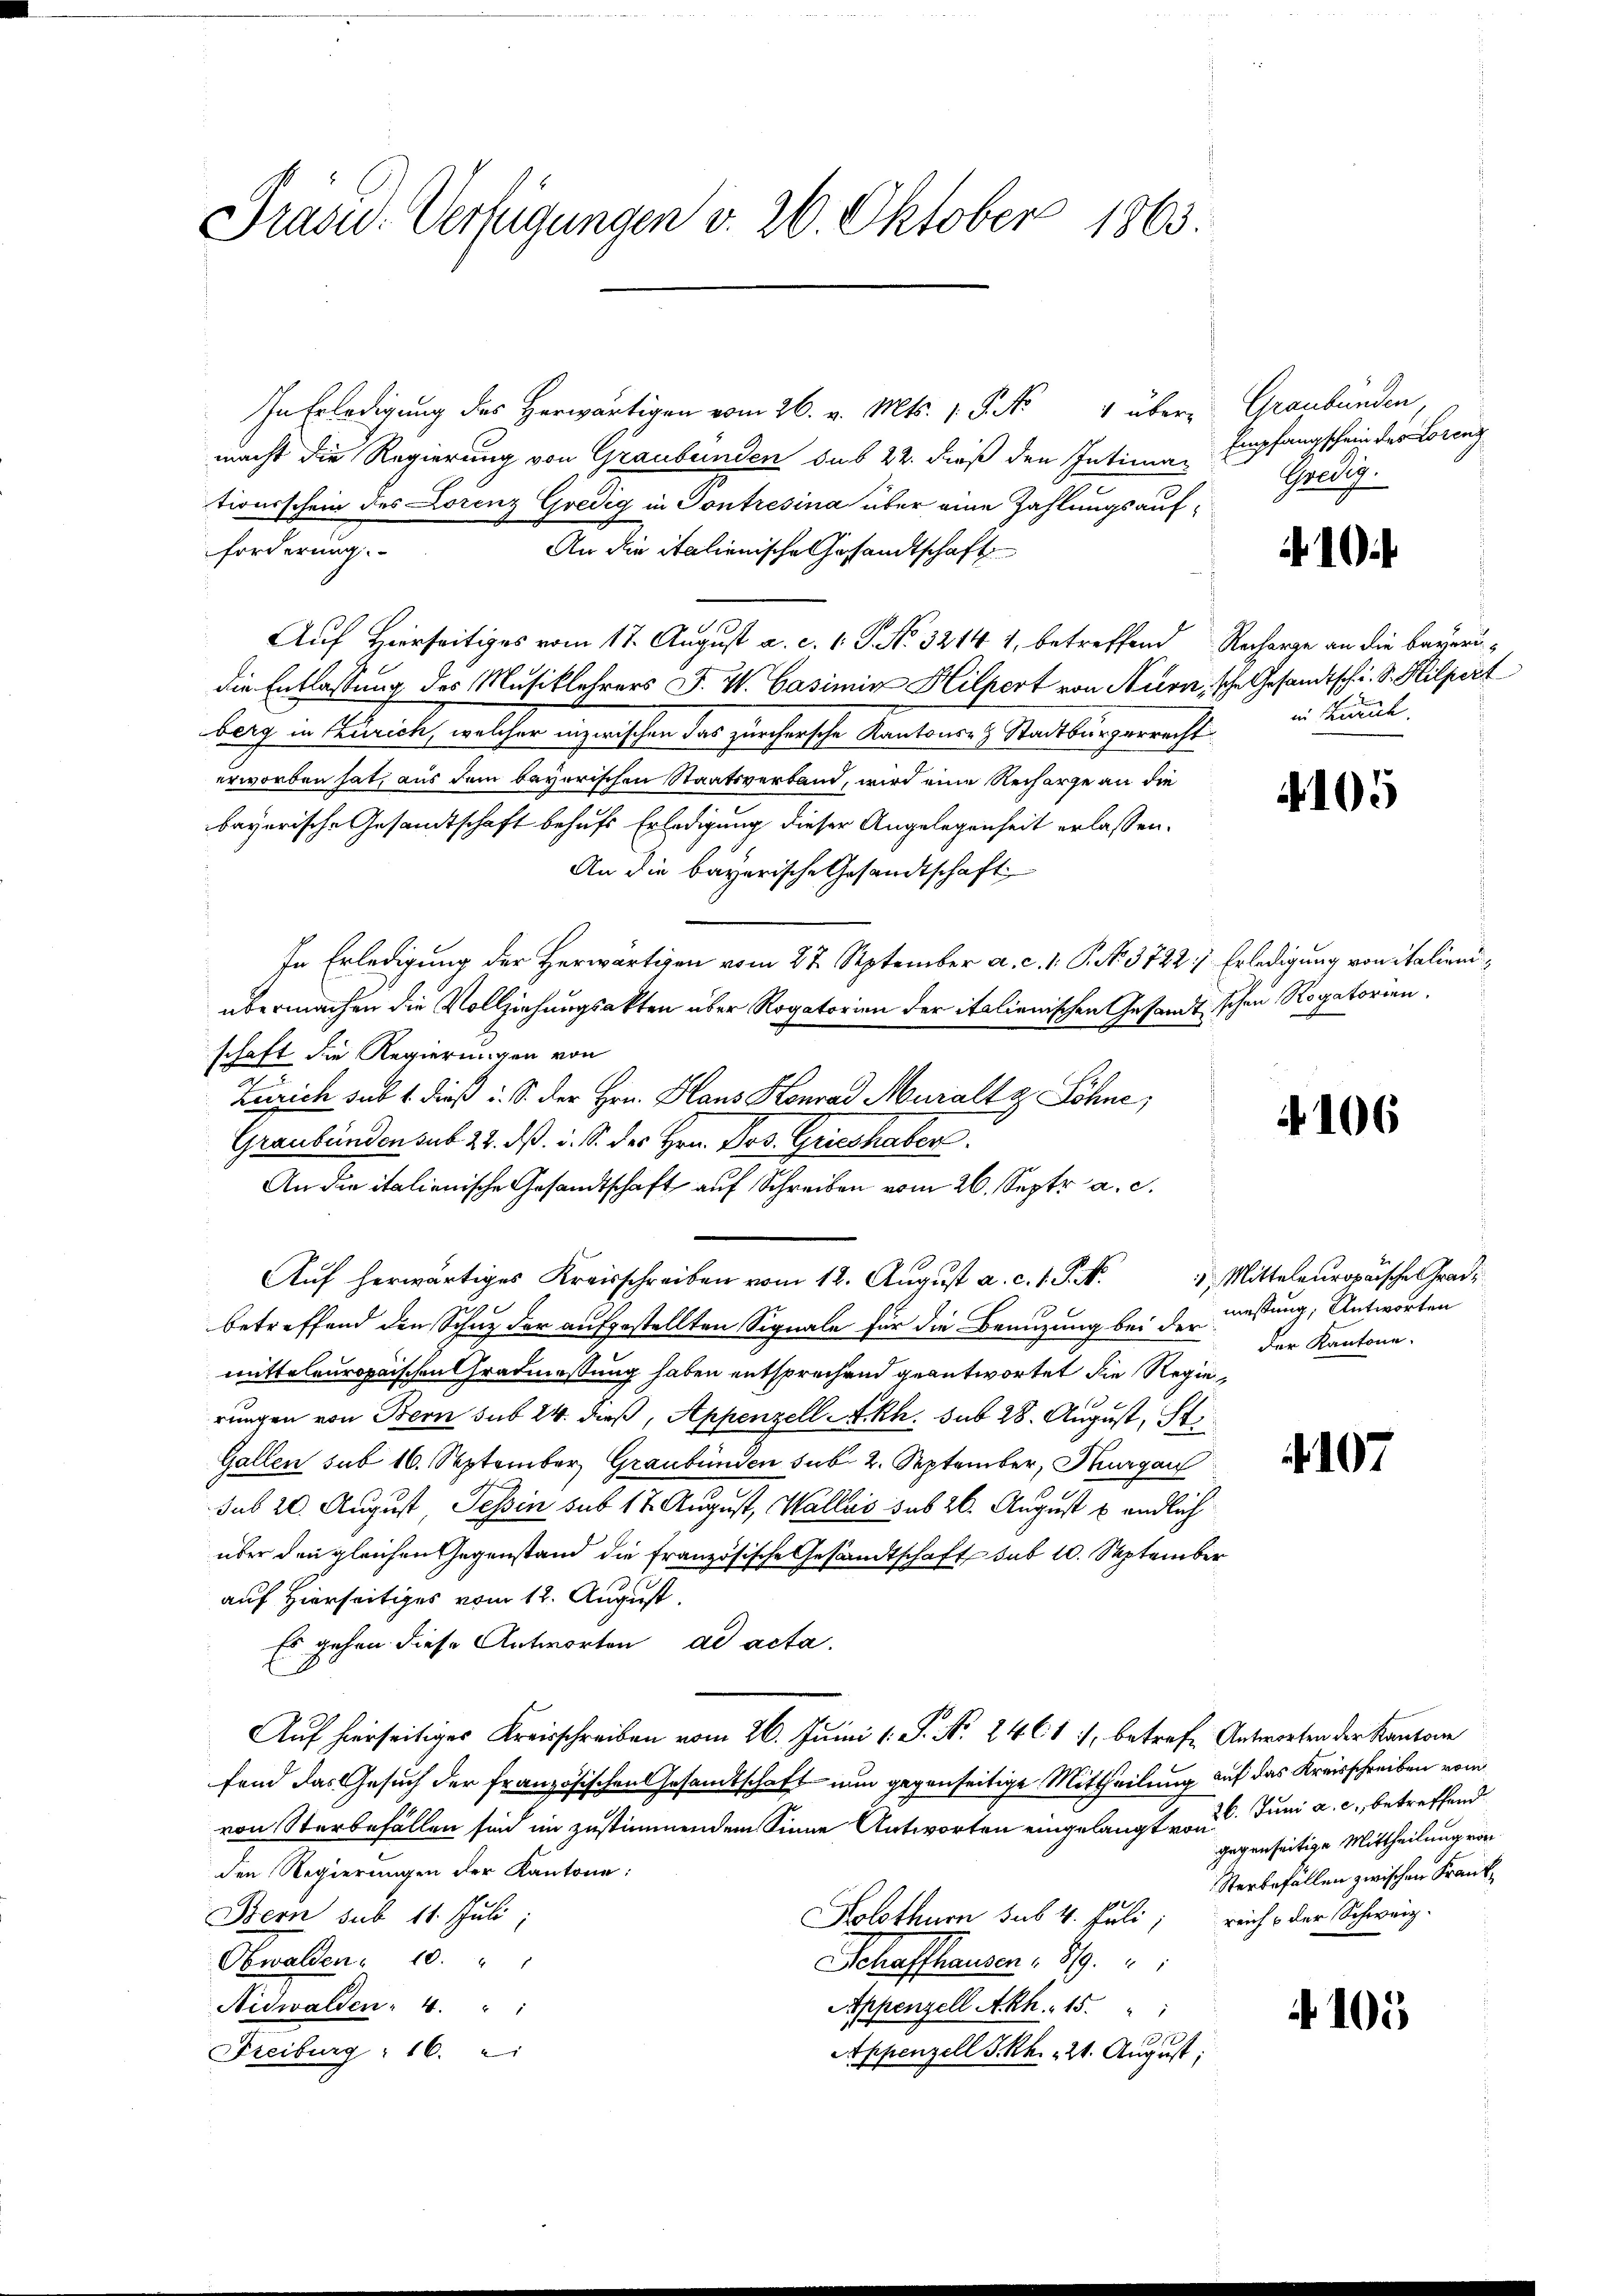
Präsid. Verfügungen v. 26. Oktober 1863.

In Erledigung des Herwärtigen vom 26. v. Mts. 1. P. Nr. 4 über Graubünden,
macht die Regierung von Graubünden sub 22. dieß den Intimationsschein des Lorenz Gredig in Pontresina über eine Zahlungsaufforderung.
An die italienische Gesandtschaft
Auf Hierseitiges vom 17. August a. c. l. J. No. 32141, betreffend Recharge an die Bayerudie Entlassung des Musiklehrers F. W. Casimir Hilpert von Nurn, sche Gesandtschi. S. Hilpert
berg in Zürich, welcher inzwischen das zürchersche Kantons Stadtburgerrecht
erworben hat, aus dem bayerischen Staatsverband, wird eine Recharge an die
bayerische Gesandtschaft behufs Erledigung dieser Angelegenheit erlassen.
An die bayerische Gesandtschaft
In Erledigung der Herwärtigen vom 27. September a. c. 1. P. No. 3722) Erledigung von italieniübermachen die Vollziehungsakten über Rogatorien der italienischen Gesandt schon Rogatorien.
schaft die Regierungen von
Zürich sub 1. dieß i. S. der Hrn. Haus Konrad Muralt & Söhne,
Graubünden sub 27. d. d. S. des Hrn. Dos. Grieshaber
An die italienische Gesandtschaft auf Schreiben vom 26. Septr a. c.
Auf herwärtiges Kreisschreiben vom 12. August a. c. 1. P. N.
betreffend den Schuz der aufgestellten Signale für die Benuzung bei der
mitteleuropaischen Gradmassung haben entsprechend geantwortet die Regierungen von Bern sub 24. dieß, Appenzell A.Rh. sub 28. August, St.
Gallen sub 16. September Graubünden sub. 2. September, Thurgau
sub 20. August Tessin sub 17. August, Wallis sub 26. August u. endlich
über den gleichen Gegenstand die französische Gesandtschaft sub 10. September
auf Hierseitiges vom 12. August.
Es gehen diese Antworten ad acta.
E
Auf hierseitiges Kreisschreiben vom 26. Junii 1 S. Nr. 2461 :/ betrafe Antworten der Kantone
fend das Gesuch der französischen Gesamtschaft nun gegenseitige Mittheilung auf das Kreisschreiben vom
von Sterbefällen sind im zustimmendem Sinne Antworten eingelangt von Juni a. c., betreffend
den Regierungen der Kantone:
Bern sub 11. Juli,
Kolothurn sub. 4. Juli; reich der Schweiz.
Obwalden. 10. " "
Schaffhausen : 819.
Nidwalden 4. " "
Appenzell A.Rh. 15.
Freiburg: 16.
Appenzell I.Rh. 124. August.

Empfangschein des Lorenz
Gredig.

10

in Kumme.

105

106

1 Mitteleuropaische Gradi
messung, Antworten
der Kantone.

. 107

gegenseitige Mittheilung von
Sterbefällen zwischen Krank¬

4105